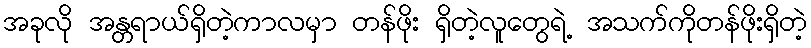
အခုလို အန္တရာယ်ရှိတဲ့ကာလမှာ တန်ဖိုး ရှိတဲ့လူတွေရဲ့ အသက်ကိုတန်ဖိုးရှိတဲ့